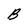
Character: B